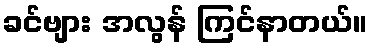
ခင်ဗျား အလွန် ကြင်နာတယ်။